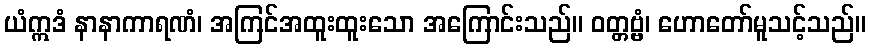
ယံဣဒံ နာနာကာရဏံ၊ အကြင်အထူးထူးသော အကြောင်းသည်။ ဝတ္တဗ္ဗံ၊ ဟောတော်မူသင့်သည်။